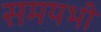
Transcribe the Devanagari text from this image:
समयभी